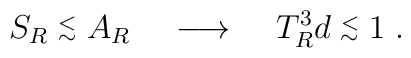
S_R \stackrel{<}{_\sim} A_R  \; \; \; \; \longrightarrow \; \; \; \; T_R^3 d \stackrel{<}{_\sim} 1 \; .